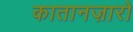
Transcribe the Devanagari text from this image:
कातानज़ारो